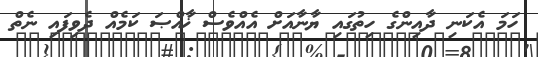
ހަމަ އެކަނި ދާއިންގެ ހިތުގައި ޔާނާއަށް އެއްވެސް ޚާއްޞަ ކަމެއް ދެވިފައި ނެތް